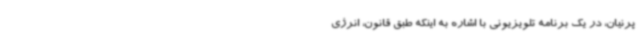
پرنیان، در یک برنامه تلویزیونی با اشاره به اینکه طبق قانون، انرژی